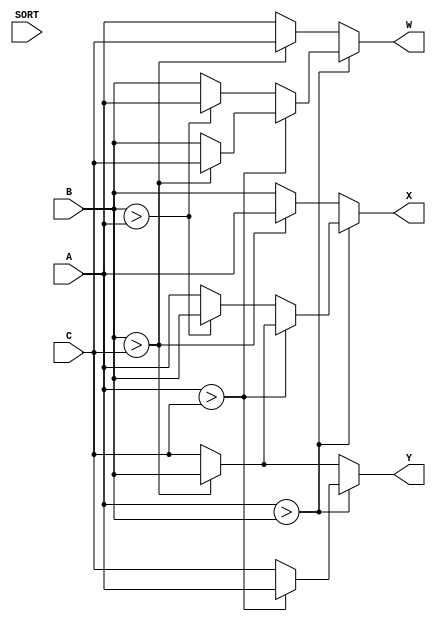
module sortex(  SORT,A,B,C,W,X,Y);
    
    input [7:0] A,B,C;
    input SORT;
    output reg  [7:0] W,X,Y;
always @(SORT) begin
    if (A>B) begin
        if(A>C) begin
            Y=A;
            if (B>C) begin
                X=B;
                W=C;
                end
            else begin
                X=C;
                W=B;
                end
                end
        else   begin
                Y=C;
            if (B>A) begin
                     X=B;
                     W=A;
                    end
            else begin
                X=A;
                W=B;
            end  
            end
          end
    else begin
        if(B>C) begin
            Y=B;
            if (B>C) begin
                X=A;
                W=C;
                end
            else begin
                X=C;
                W=A;
                end
                end
        else   begin
                Y=C;
            if (A>B) begin
                     X=A;
                     W=B;
                    end
            else begin
                X=B;
                W=A;
            end  
            end
          end
    end

endmodule